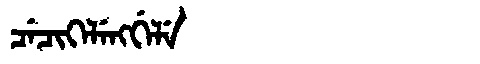
Manchu: ᠴᡝᠴᡳᡴᡝᠯᡝᠩᡤᡝᠯᡝ
Romanization: CECIKELENGGELE